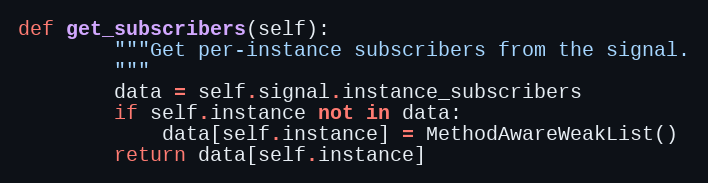
Language: Python
def get_subscribers(self):
        """Get per-instance subscribers from the signal.
        """
        data = self.signal.instance_subscribers
        if self.instance not in data:
            data[self.instance] = MethodAwareWeakList()
        return data[self.instance]